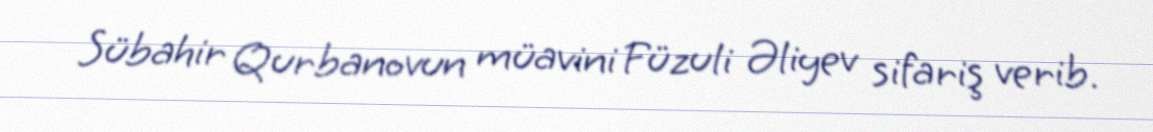
Sübahir Qurbanovun müavini Füzuli Əliyev sifariş verib.